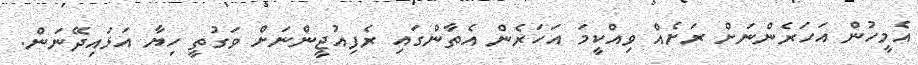
އެމީހުން އަހަރެންނަށް ރަށެއް ވިއްކީމަ އަހަރެން އެތާންގައި ރެފިއުޖީންނަށް ވަގުތީ ހިޔާ އަޅައިދޭނަން.